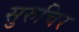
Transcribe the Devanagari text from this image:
सुरुचिर